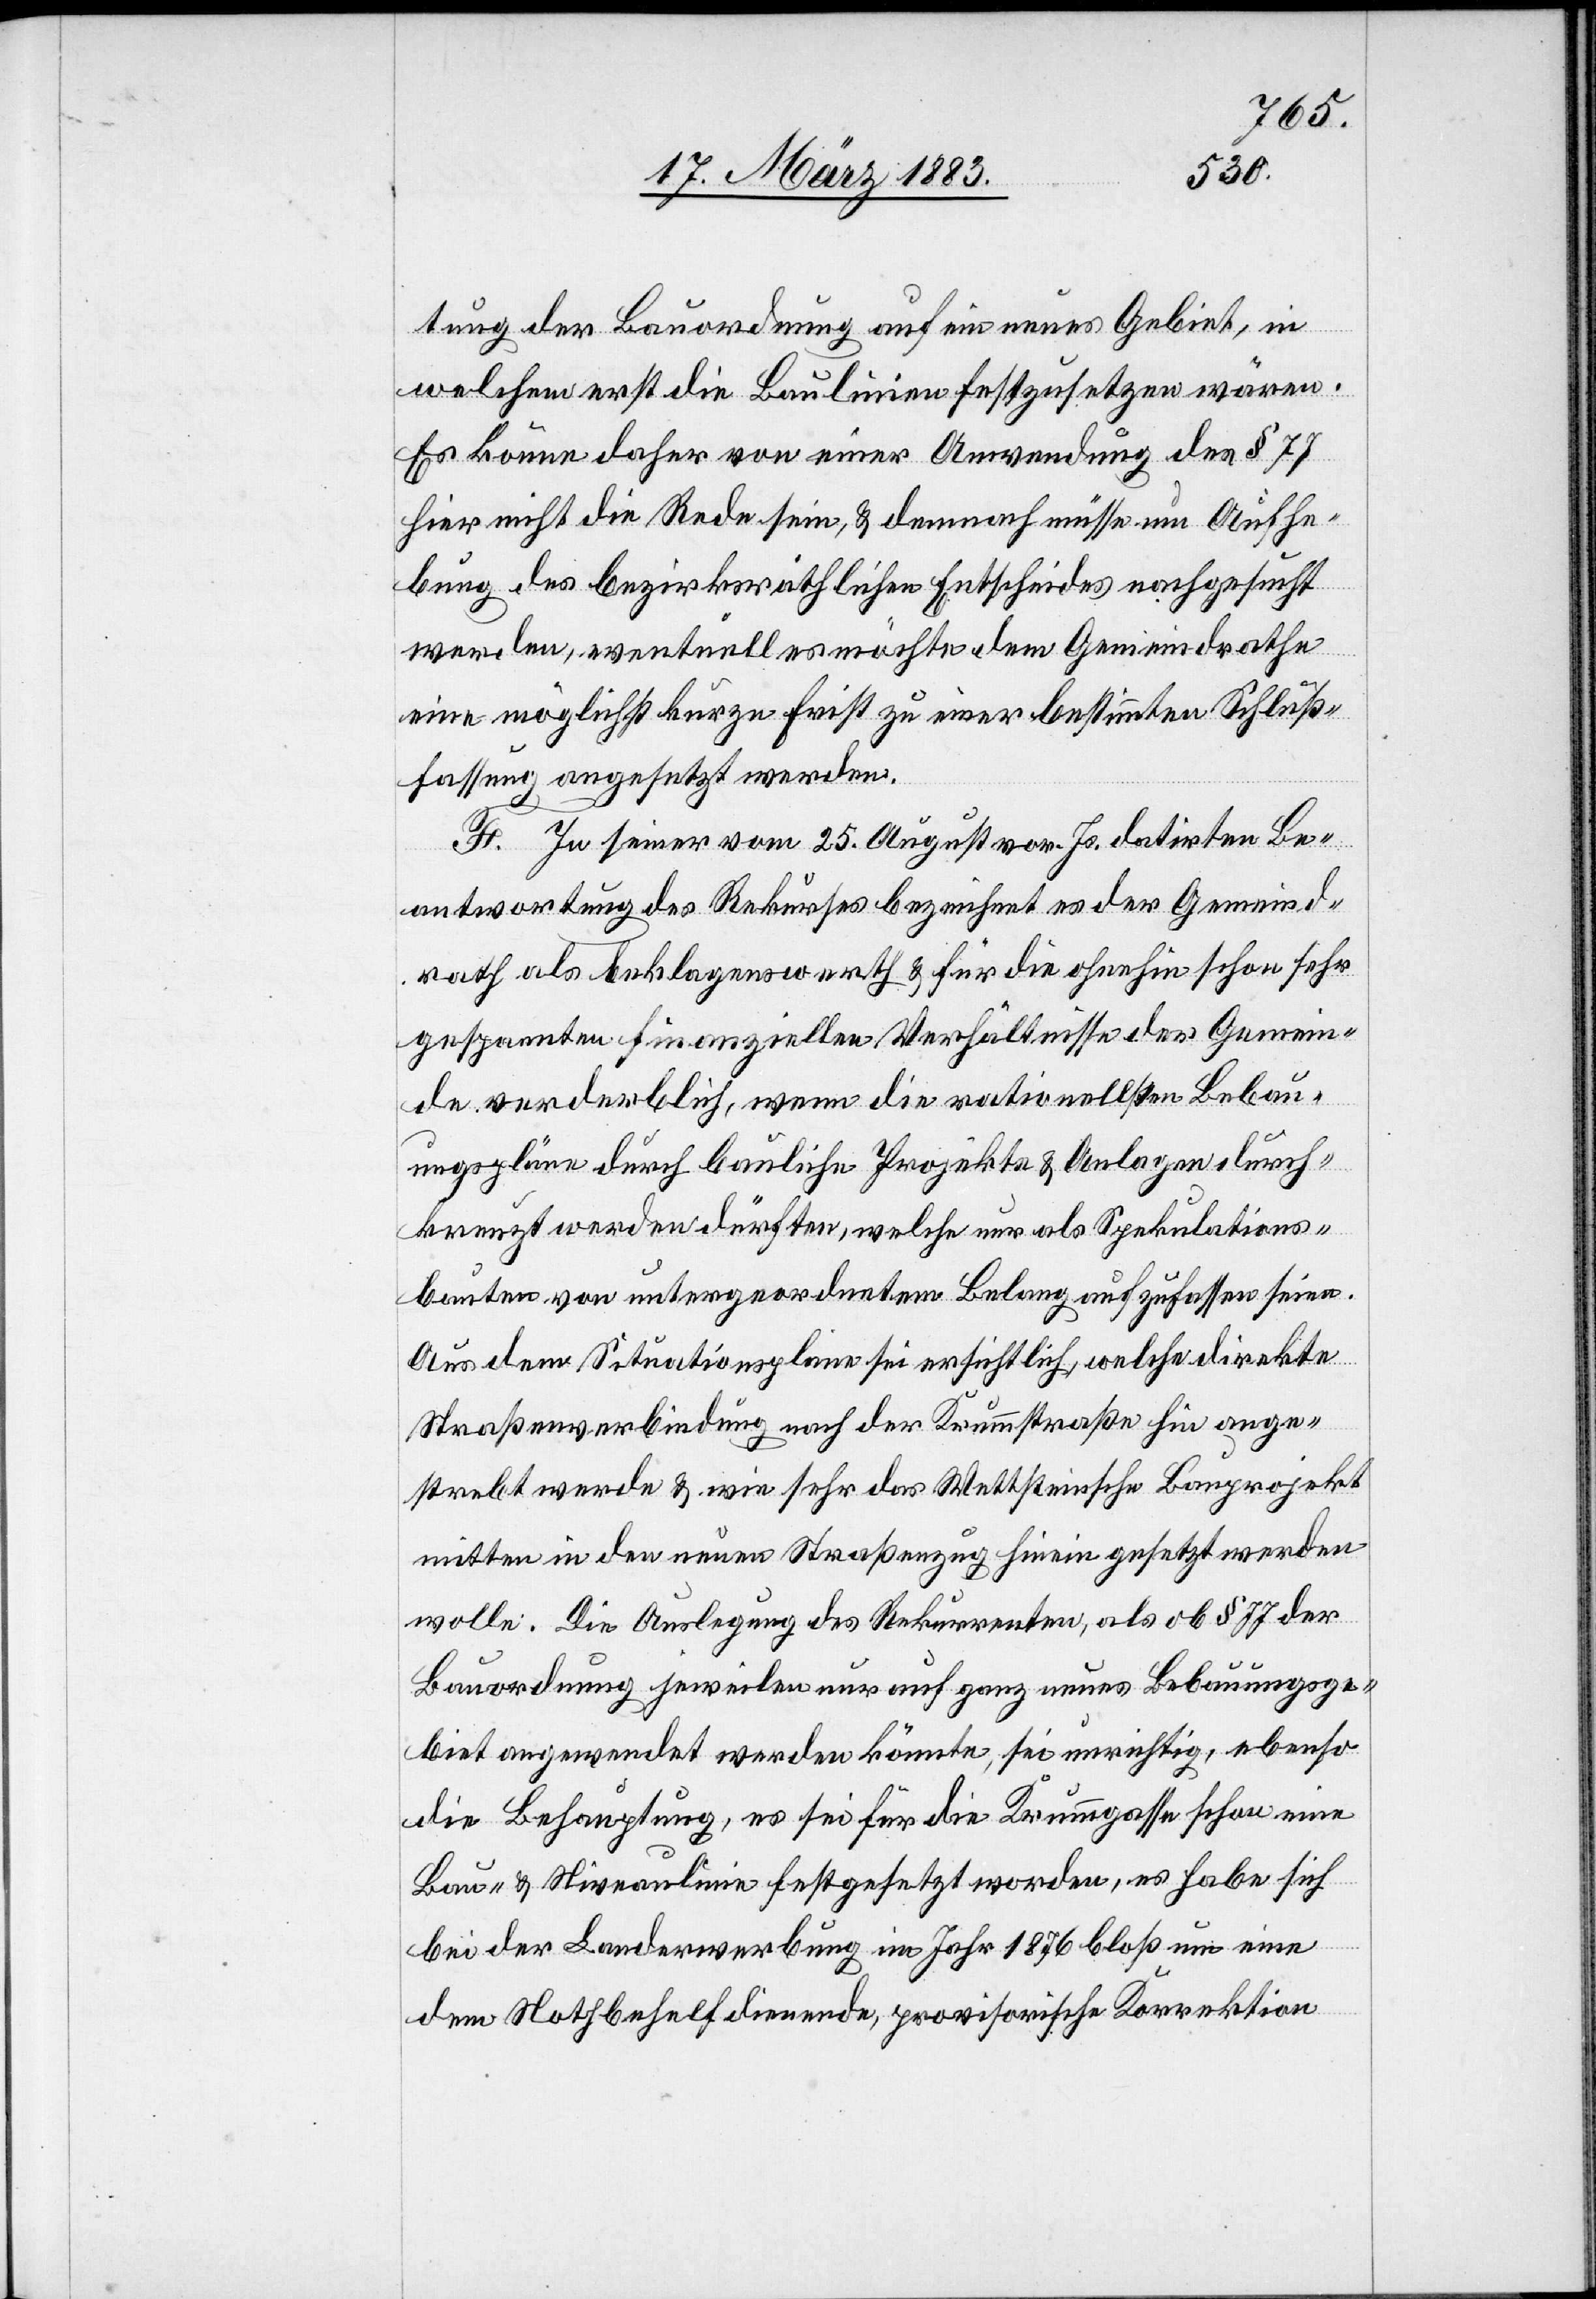
tung der Bauordnung auf ein neues Gebiet, in
welchem erst die Baulinien festzusetzen wären.
Es könne daher von einer Anwendung des § 77
hier nicht die Rede sein, & demnach müsse um Aufhe¬
bung des bezirksräthlichen Entscheides nachgesucht
werden, eventuell es möchte dem Gemeindrathe
eine möglichst kurze Frist zu einer bestimmten Schluß¬
fassung angesetzt werden.
F. In seiner vom 25. August vor. Js. datirten Be¬
antwortung des Rekurses bezeichnet es der Gemeind¬
rath als beklagenswerth & für die ohnehin schon sehr
gespannten finanziellen Verhältnisse der Gemein¬
de verderblich, wenn die rationellsten Bebau¬
ungspläne durch bauliche Projekte & Anlagen durch¬
kreuzt werden dürften, welche nur als Spekulations¬
bauten von untergeordnetem Belang aufzufassen seien.
Aus dem Situationsplane sei ersichtlich, welche direkte
Straßenverbindung nach der Krummstraße hin ange¬
strebt werde & wie sehr das Wettsteinsche Bauprojekt
mitten in den neuen Straßenzug hinein gesetzt werden
wolle. Die Auslegung des Rekurrenten, als ob § 77 der
Bauordnung jeweilen nur auf ganz neues Bebauungsge¬
biet angewendet werden könnte, sei unrichtig, ebenso
die Behauptung, es sei für die Krummgasse schon eine
Bau- & Niveaulinie festgesetzt worden, es habe sich
bei der Landerwerbung im Jahr 1876 bloß um eine
dem Nothbehelf dienende, provisorische Korrektion